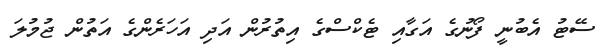
ސޭޓު އެބުނީ ފޯނުގެ އަގާއި ޓެކްސްގެ އިތުރުން އަދި އަހަރެންގެ އަތުން ޖުމުލަ